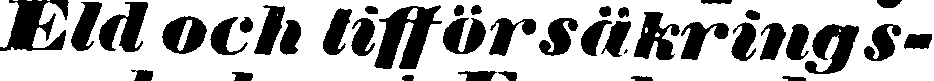
Eld och lifförsäkrings-